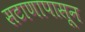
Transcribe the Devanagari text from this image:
सटाणापासून